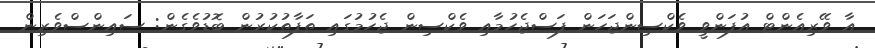
އާ ވޭރިއެންޓް އުފަންވީ ވެކްސިންޖަހަން ފަސްޖެހުމާއި ވެކްސިން ޖެހުމުގައި ތަފާތުކުރުން ބޮޑުވެގެން: ސައިންސްވެރިން